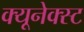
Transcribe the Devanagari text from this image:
क्यूनेक्स्ट